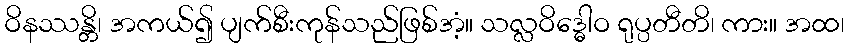
ဝိနဿန္တိ၊ အကယ်၍ ပျက်စီးကုန်သည်ဖြစ်အံ့။ သလ္လဝိဒ္ဓေါဝ ရုပ္ပတီတိ၊ ကား။ အထ၊